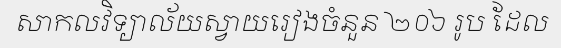
សាកលវិទ្យាល័យស្វាយរៀងចំនួន ២០៦ រូប ដែល